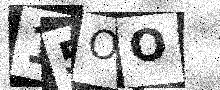
Text: 15OO